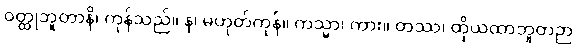
ဝတ္ထုဘူတာနိ၊ ကုန်သည်။ န၊ မဟုတ်ကုန်။ ကသ္မာ၊ ကား။ တဿ၊ ထိုယထာဘူတဉာ